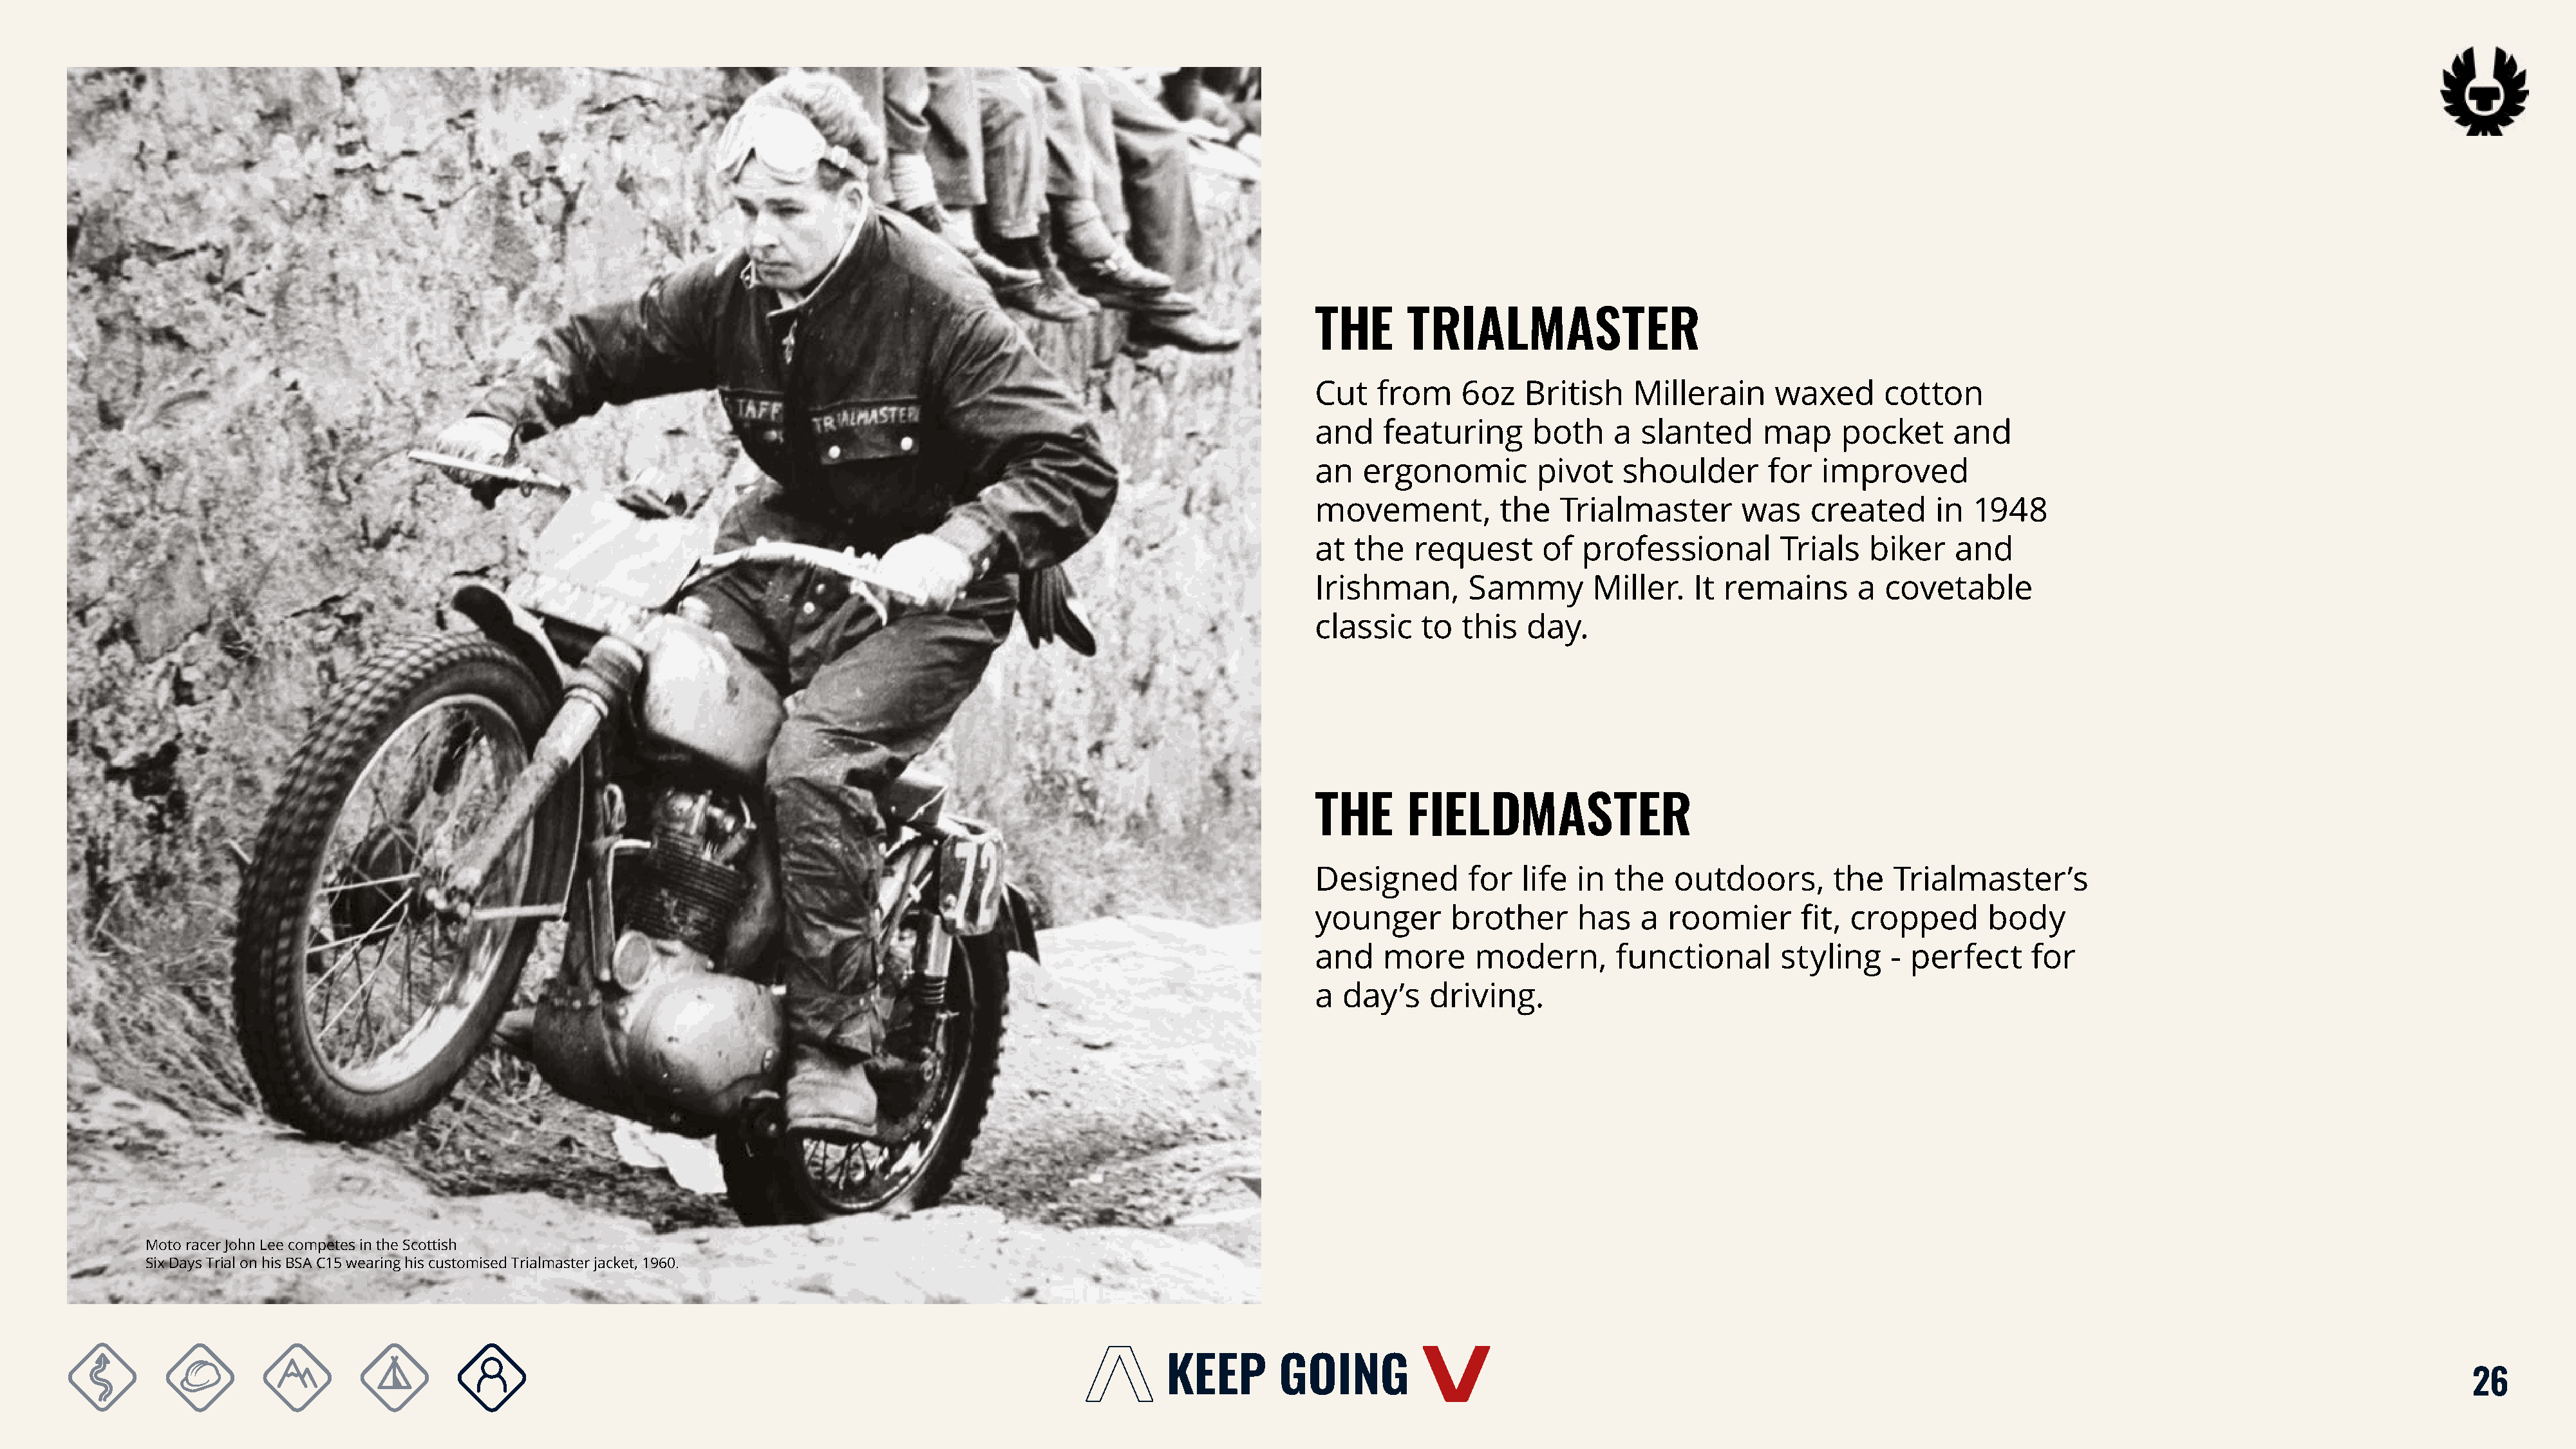
THE       TRIALMASTER
 Cut    from    6oz    British    Millerain     waxed       cotton
 and    featuring      both     a  slanted     map     pocket      and
 an   ergonomic         pivot    shoulder       for  improved
 movement,          the   Trialmaster        was    created      in  1948
 at  the   request       of  professional        Trials   biker    and
 Irishman,       Sammy        Miller.   It remains       a  covetable
 classic    to  this   day.
 THE       FIELDMASTER
 Designed        for  life  in  the   outdoors,       the    Trialmaster’s
 younger       brother      has    a roomier       fit, cropped       body
 and    more      modern,       functional       styling    - perfect      for
 a  day’s    driving.
 Moto racer John Lee competes in the Scottish
 Six Days Trial on his BSA C15 wearing his customised Trialmaster jacket, 1960.
 26